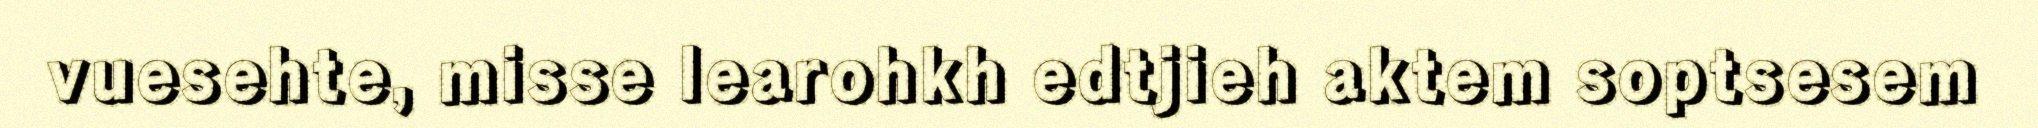
vuesehte, misse learohkh edtjieh aktem soptsesem